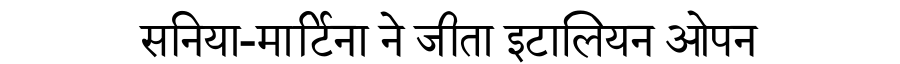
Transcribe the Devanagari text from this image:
सनिया-मार्टिना ने जीता इटालियन ओपन